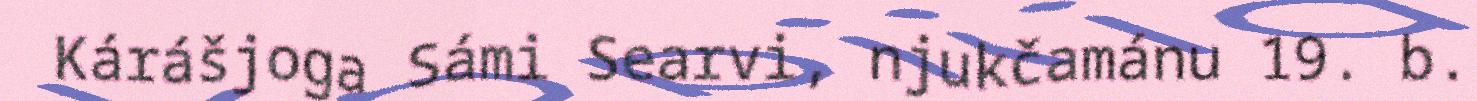
Kárášjoga Sámi Searvi, njukčamánu 19. b.